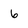
Character: 6